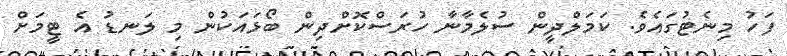
ފަހު މިނެޓުގައެވެ. ކަމަލްދީން ސުލެމާނާ ހުރަސްކޮށްދިން ބޯޅައަކުން މި ލަނޑު އެ ޓީމަށް